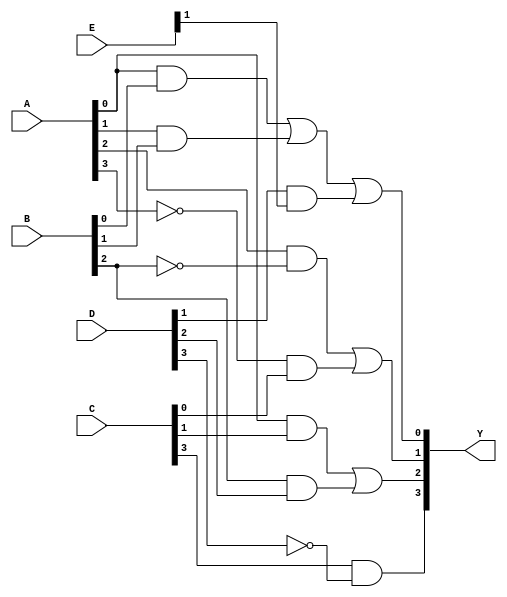
module GAL (
    input wire [3:0] A,        // 4-bit input
    input wire [3:0] B,        // 4-bit input
    input wire [3:0] C,        // 4-bit input
    input wire [3:0] D,        // 4-bit input
    input wire [3:0] E,        // 4-bit input
    output wire [3:0] Y        // 4-bit output
);

// Programmable AND array
wire [15:0] and_out; // 16 product terms

// Example configuration of AND gates
assign and_out[0]  = A[0] & B[0];               // A0 AND B0
assign and_out[1]  = A[1] & B[1];               // A1 AND B1
assign and_out[2]  = A[2] & ~B[2];              // A2 AND NOT B2
assign and_out[3]  = ~A[3] & C[0];              // NOT A3 AND C0
assign and_out[4]  = D[1] & E[1];               // D1 AND E1
assign and_out[5]  = A[0] & C[1];               // A0 AND C1
assign and_out[6]  = B[2] & D[2];               // B2 AND D2
assign and_out[7]  = C[3] & ~D[3];              // C3 AND NOT D3
// Additional product terms can be added as needed

// Programmable OR array
assign Y[0] = and_out[0] | and_out[1] | and_out[4]; // Output Y0
assign Y[1] = and_out[2] | and_out[3];               // Output Y1
assign Y[2] = and_out[5] | and_out[6];               // Output Y2
assign Y[3] = and_out[7];                             // Output Y3

endmodule